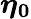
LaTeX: \boldsymbol{\eta_{0}}